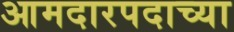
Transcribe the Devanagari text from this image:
आमदारपदाच्या